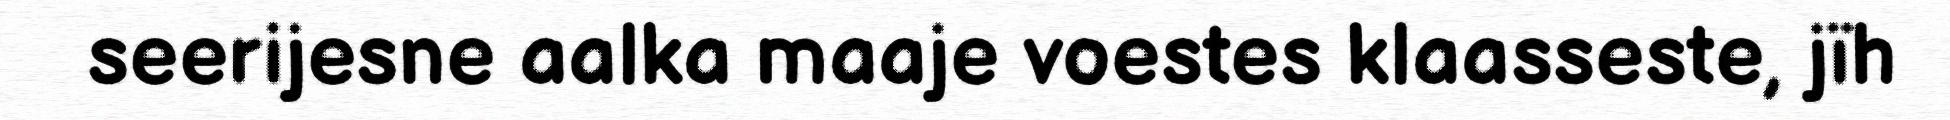
seerijesne aalka maaje voestes klaasseste, jïh